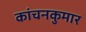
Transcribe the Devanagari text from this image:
कांचनकुमार